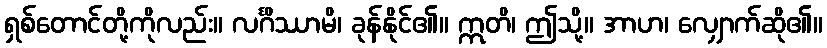
ရှစ်တောင်တို့ကိုလည်း။ လင်္ဂိဿာမိ၊ ခုန်နိုင်၏။ ဣတိ၊ ဤသို့။ အာဟ၊ လျှောက်ဆို၏။